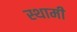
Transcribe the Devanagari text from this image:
स्थामी